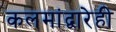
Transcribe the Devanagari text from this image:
कलमांद्वारेही